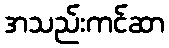
အသည်းကင်ဆာ